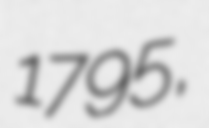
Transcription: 1795,